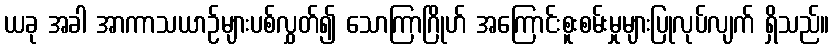
ယခု အခါ အာကာသယာဉ်များပစ်လွှတ်၍ သောကြာဂြိုဟ် အကြောင်းစူးစမ်းမှုများပြုလုပ်လျက် ရှိသည်။